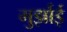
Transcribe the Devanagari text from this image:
मुर्झाई